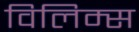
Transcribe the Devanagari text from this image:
विलिम्स